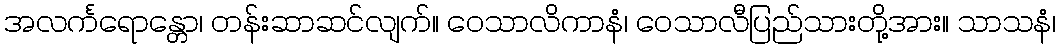
အလင်္ကရောန္တော၊ တန်းဆာဆင်လျက်။ ဝေသာလိကာနံ၊ ဝေသာလီပြည်သားတို့အား။ သာသနံ၊